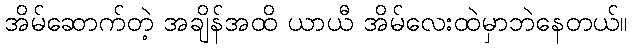
အိမ်ဆောက်တဲ့ အချိန်အထိ ယာယီ အိမ်လေးထဲမှာဘဲနေတယ်။